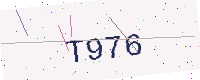
Text: T976